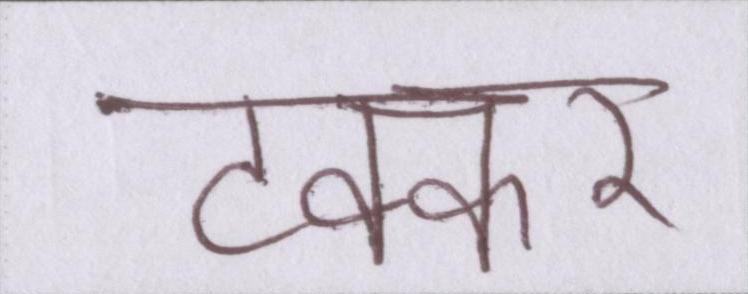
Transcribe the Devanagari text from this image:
टक्कर